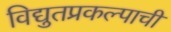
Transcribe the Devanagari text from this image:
विद्युतप्रकल्पाची